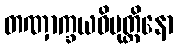
တဏှာက္ခယဝိမုတ္တိနော